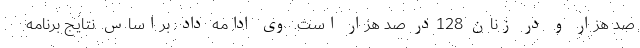
صد هزار و در زنان 128در صد هزار است. وی ادامه داد: براساس نتایج برنامه